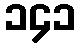
၁၄၁